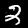
Label: 2